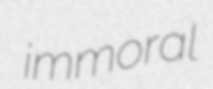
immoral